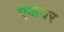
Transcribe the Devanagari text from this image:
एअयर